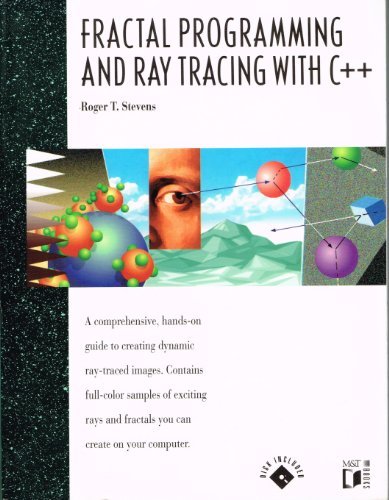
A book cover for Fractal Programming and Ray Tracing With C++; Roger T. Stevens; Computers & Technology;